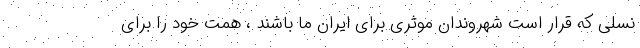
نسلی که قرار است شهروندان موثری برای ایران ما باشند ، همت خود را برای